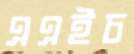
এএইচ